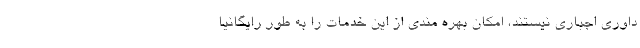
داوری اجباری نیستند، امکان بهره مندی از این خدمات را به طور رایگانیا